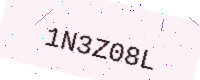
Text: 1N3Z08L